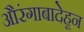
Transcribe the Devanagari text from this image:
औरंगाबादेहून